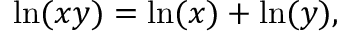
\ln ( x y ) = \ln ( x ) + \ln ( y ) ,